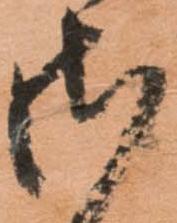
さ